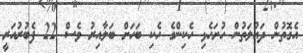
އެގޮތުން ދައުލަތުން ހުށަހެޅި ހެކިންގެ ހެކި ބަހަށް ބަލާއިރު ވެސް 22 ފެބުރުއަރީ